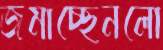
জমাচ্ছেনলো